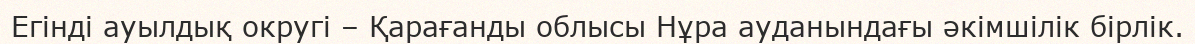
Егінді ауылдық округі – Қарағанды облысы Нұра ауданындағы әкімшілік бірлік.